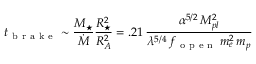
t _ { \mathrm { ~ b ~ r ~ a ~ k ~ e ~ } } \sim \frac { M _ { \star } } { \dot { M } } \frac { R _ { \star } ^ { 2 } } { R _ { A } ^ { 2 } } = . 2 1 \, \frac { \alpha ^ { 5 / 2 } \, M _ { p l } ^ { 2 } } { \lambda ^ { 5 / 4 } \, f _ { \mathrm { ~ o ~ p ~ e ~ n ~ } } \, m _ { e } ^ { 2 } \, m _ { p } }